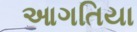
આગતિયા